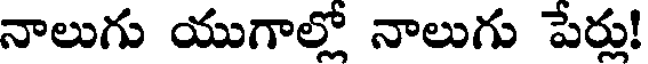
నాలుగు యుగాల్లో నాలుగు పేర్లు!